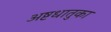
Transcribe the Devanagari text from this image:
अष्टधातुका